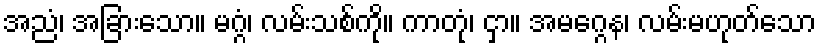
အညံ၊ အခြားသော။ မဂ္ဂံ၊ လမ်းသစ်ကို။ ကာတုံ၊ ငှာ။ အမဂ္ဂေန၊ လမ်းမဟုတ်သော